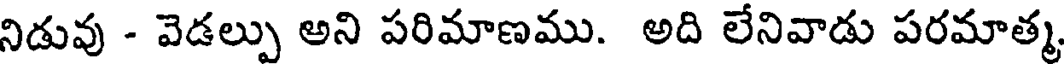
నిడువు - వెడల్పు అని పరిమాణము. అది లేనివాడు పరమాత్మ